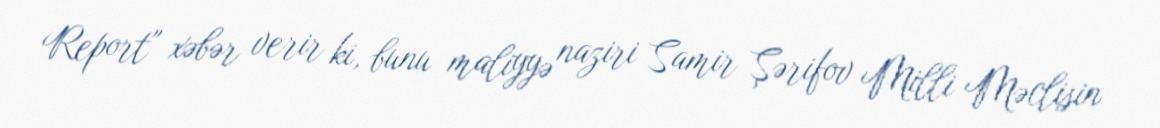
Report" xəbər verir ki, bunu maliyyə naziri Samir Şərifov Milli Məclisin